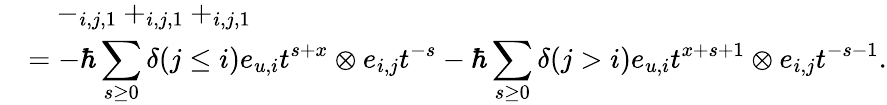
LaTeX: \begin{array}{rl}&{\quad-_{i,j,1}+_{i,j,1}+_{i,j,1}}\\ &{=-\hbar\displaystyle\sum_{s\geq 0}\delta(j\leq i)e_{u,i}t^{s+x}\otimes e_{i,j}t^{-s}-\hbar\displaystyle\sum_{s\geq 0}\delta(j>i)e_{u,i}t^{x+s+1}\otimes e_{i,j}t^{-s-1}.}\end{array}